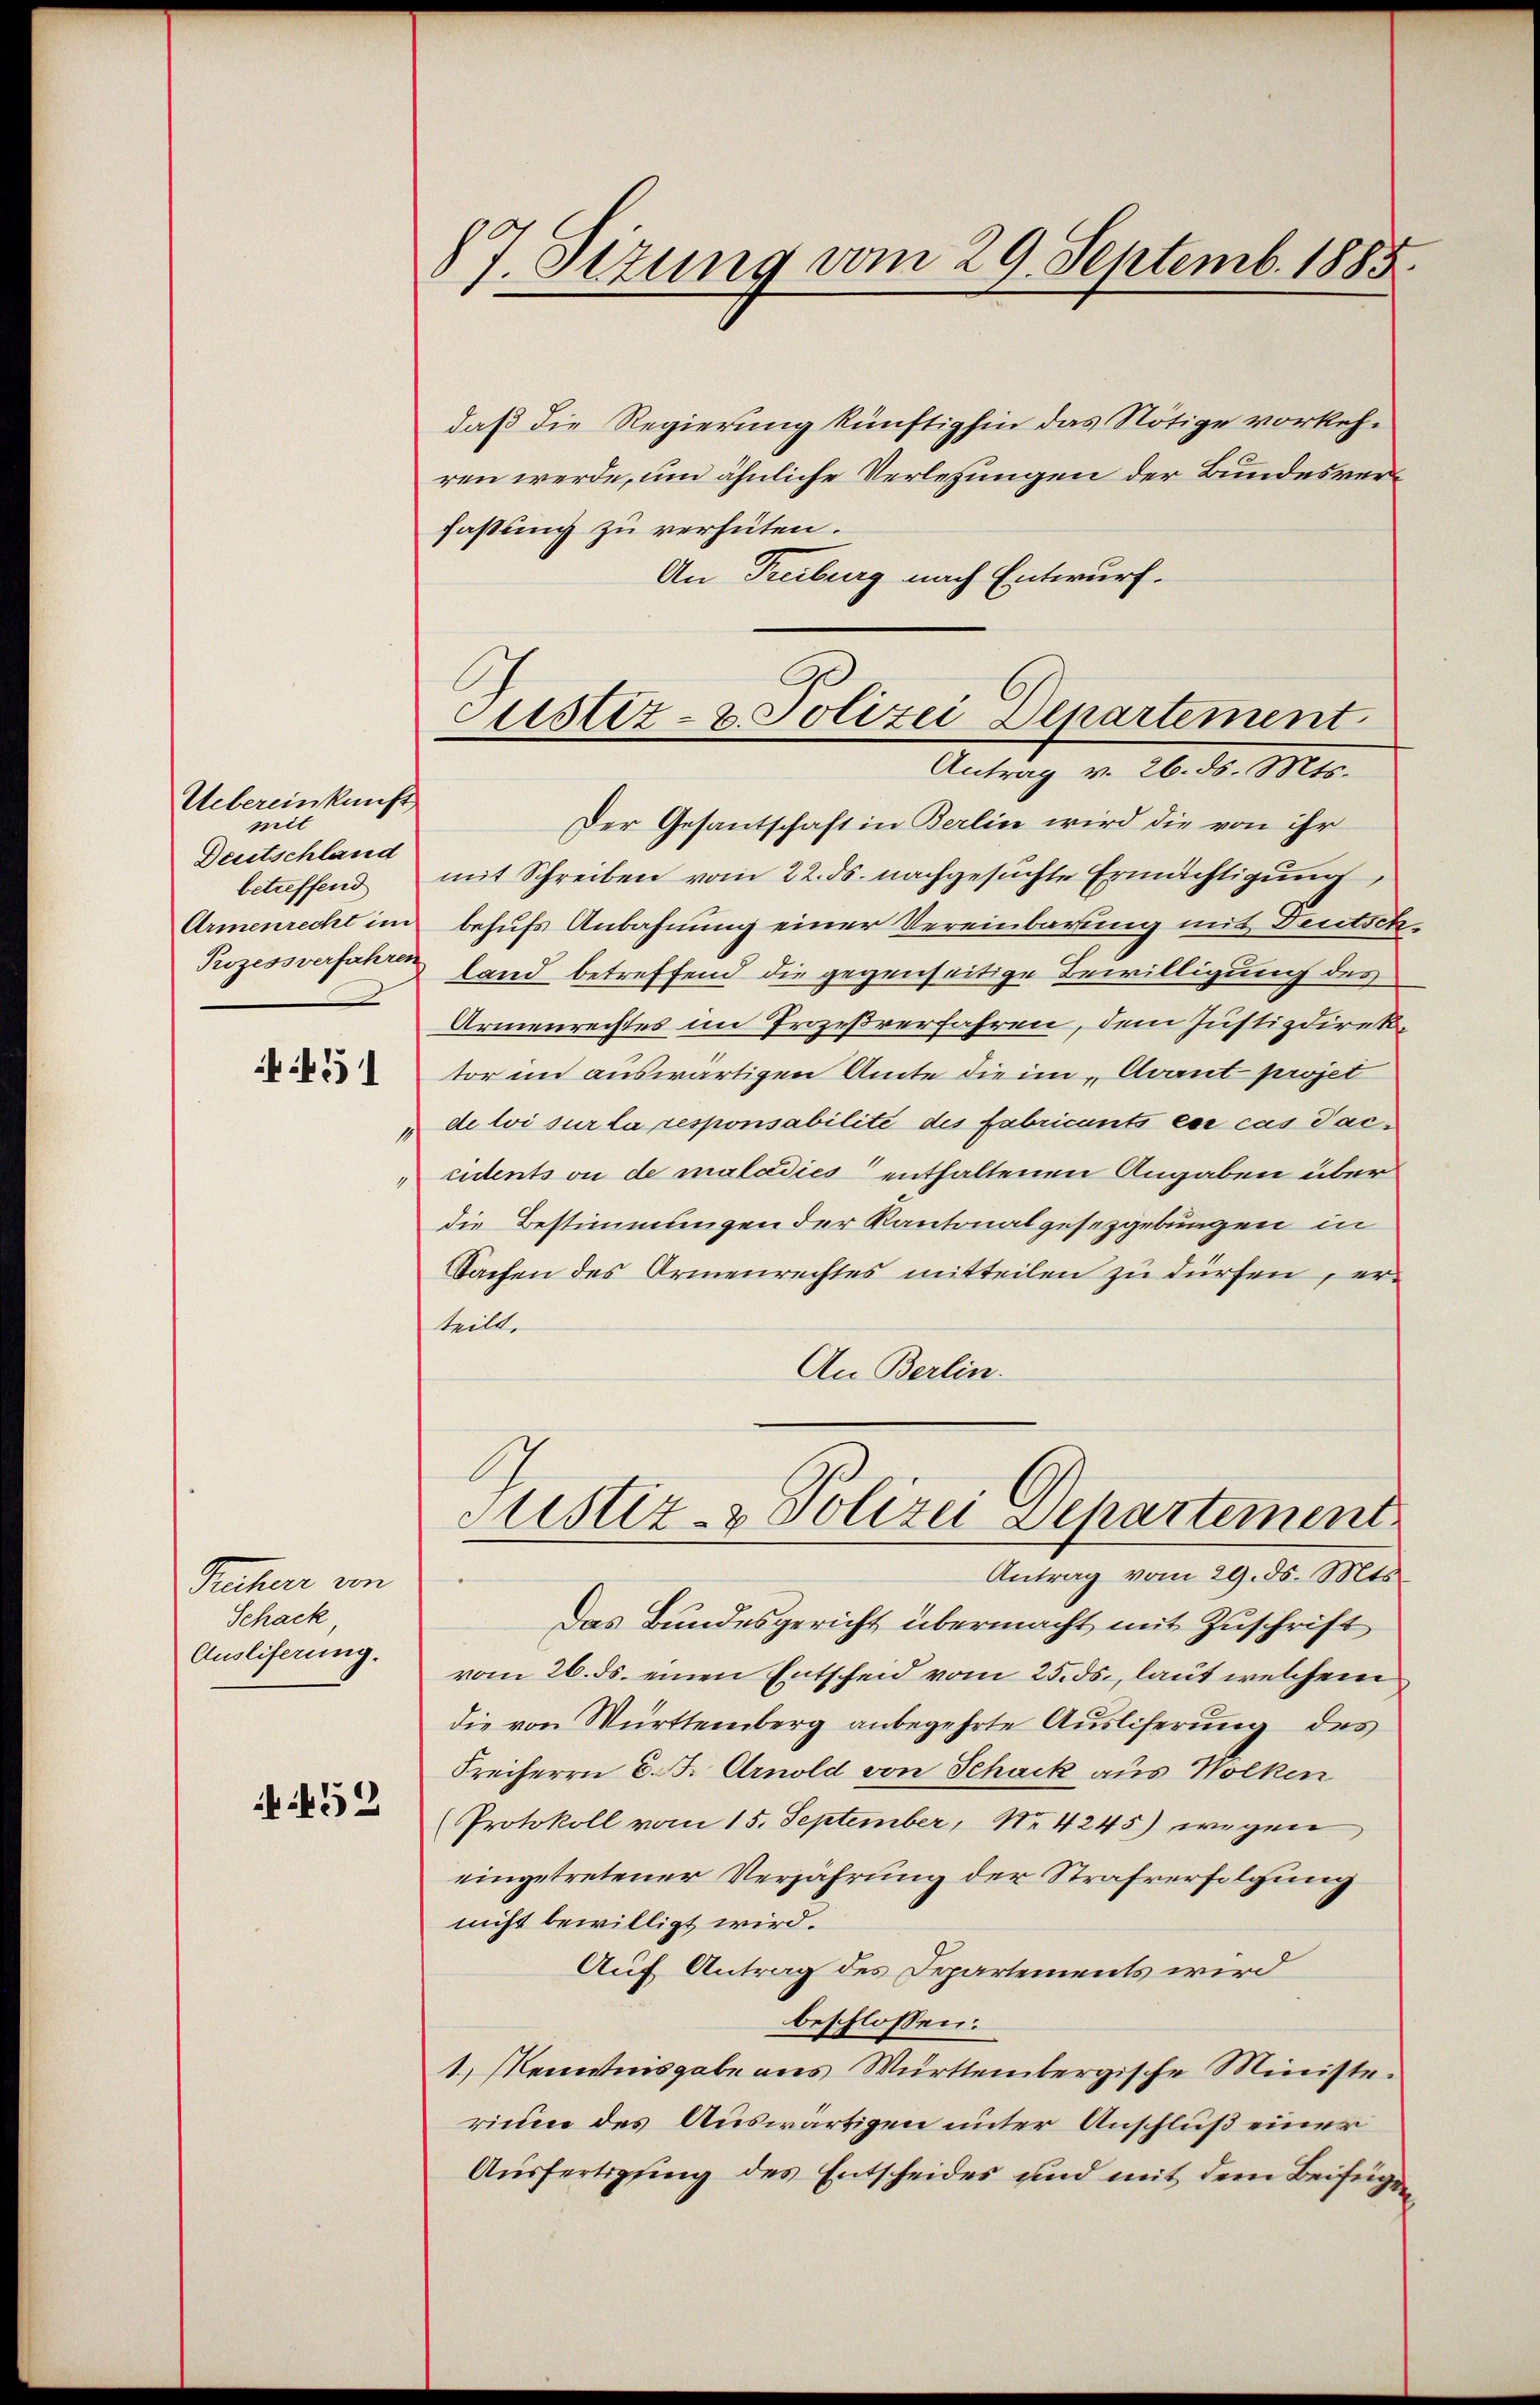
Uebereinkunft
mit
Deutschland
betreffend
Armenrecht im

4f 51

Rucher von
Schack
Ausliferung.

452

17.
Sizung vom 29. Septemb. 1885.

Justiz- & Polizei Departement
Antrag v. 26. ds. Mts.
Der Gesantschaft in Berlin wird die von ihr

daß die Regierung künftighin das Nötige vorkehren werde, um ähnliche Verlesungen der Bundesverfassung zu verhüten.
An Treiburg nach Entwurf.
mit Schreiben vom 22. ds. nachgesuchte Ermächtigung,
behufs Anbahnung einer Vereinbarung mit Deutsch
Prozessverfahren land betreffend die gegenseitige Bewilligung des
Armenreistes im Prozeßverfahren, dem Justizdirektor im auswärtigen Amte die im „Avant projet
de loi sur la responsabilite des Fabricants ce cas Taccidents ou de maladies enthaltenen Angaben über
die Bestimmungen der Kantonalgesetzgebungen in
Sachen des Armenrechtes mitteilen zu dürfen, erteilt.
An Berlin.
Justiz- & Polizei Departement
Antrag vom 29. ds. Mts.
Das Bundesgericht übermacht mit Zuschrift
vom 26. ds. einen Entscheid vom 25. ds., laut welchem
die von Württemberg anbegehrte Ausliferung des
Freiherrn D. B. Arnold von Schack aus Wolken
Protokoll vom 15. September, No 4245) wegen
eingetretener Verjährung der Strafverfolgung
nicht bewilligt wird.
Auf Antrag des Departements wird
beschlossen:
1.) Kenntnisgabe aus Württembergische Ministe.
rium des Auswärtigen unter Anschluß einer
Ausfertigung des Entscheides und mit dem Beifügen